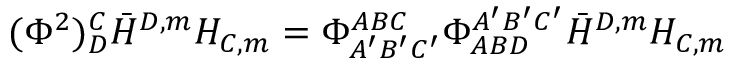
( \Phi ^ { 2 } ) _ { D } ^ { C } \bar { H } ^ { D , m } H _ { C , m } = \Phi _ { A ^ { \prime } B ^ { \prime } C ^ { \prime } } ^ { A B C } \Phi _ { A B D } ^ { A ^ { \prime } B ^ { \prime } C ^ { \prime } } \bar { H } ^ { D , m } H _ { C , m }